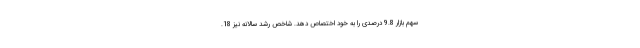
سهم بازار 9.8 درصدی را به خود اختصاص دهد. شاخص رشد سالانه نیز 18.